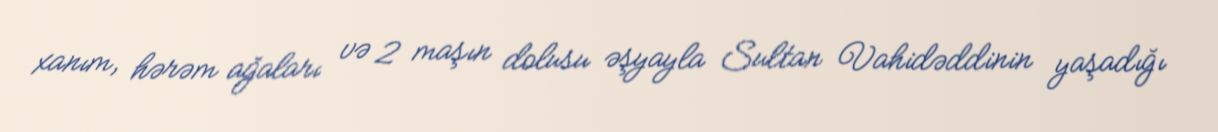
xanım, hərəm ağaları və 2 maşın dolusu əşyayla Sultan Vahidəddinin yaşadığı